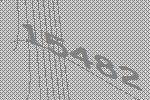
15482